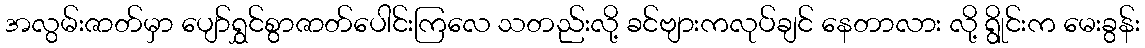
အလွမ်းဇာတ်မှာ ပျော်ရွှင်စွာဇာတ်ပေါင်းကြလေ သတည်းလို့ ခင်ဗျားကလုပ်ချင် နေတာလား လို့ ရွိုင်းက မေးခွန်း